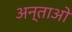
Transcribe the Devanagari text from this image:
अन्ताओ